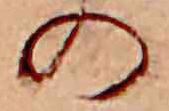
の